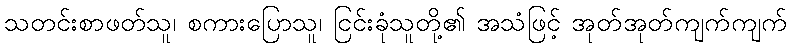
သတင်းစာဖတ်သူ၊ စကားပြောသူ၊ ငြင်းခုံသူတို့၏ အသံဖြင့် အုတ်အုတ်ကျက်ကျက်